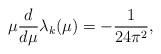
LaTeX: \begin{align*}\mu{d\over d\mu}\lambda_k(\mu) = -{1\over 24\pi^2},\end{align*}